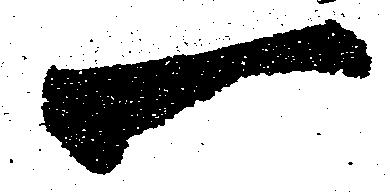
一